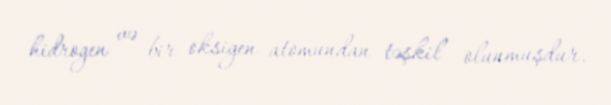
hidrogen və bir oksigen atomundan təşkil olunmuşdur.